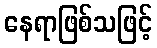
နေရာဖြစ်သဖြင့်